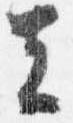
去